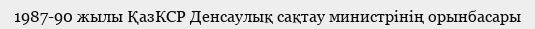
1987-90 жылы ҚазКСР Денсаулық сақтау министрінің орынбасары